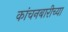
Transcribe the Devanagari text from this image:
कांचनबारीच्या